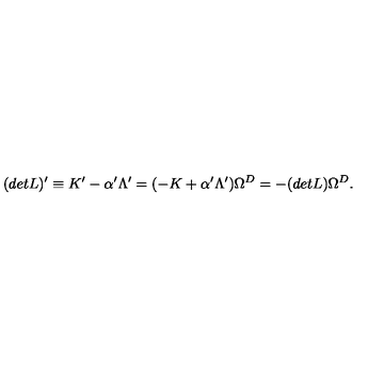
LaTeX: ( d e t L ) ^ { \prime } \equiv K ^ { \prime } - \alpha ^ { \prime } \Lambda ^ { \prime } = ( - K + \alpha ^ { \prime } \Lambda ^ { \prime } ) \Omega ^ { D } = - ( d e t L ) \Omega ^ { D } .